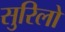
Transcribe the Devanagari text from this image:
सुरिलो